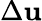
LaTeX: \Delta\mathbf{u}